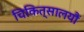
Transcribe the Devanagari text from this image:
चिकित्सालयौं